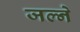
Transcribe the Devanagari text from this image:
जल्ने